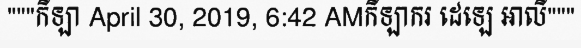
"""កីឡា April 30, 2019, 6:42 AMកីឡាករ ដេឡេ អាលី"""